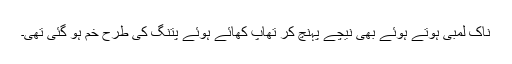
ناک لمبی ہوتے ہوئے بھی نیچے پہنچ کر تھاپ کھائے ہوئے پتنگ کی طرح خم ہو گئی تھی۔